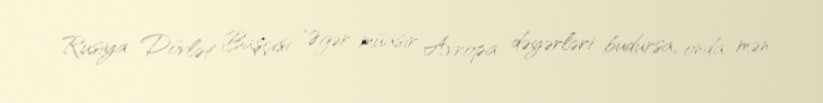
Rusiya Dövlət Başçısı "Əgər müasir Avropa dəyərləri budursa, onda mən